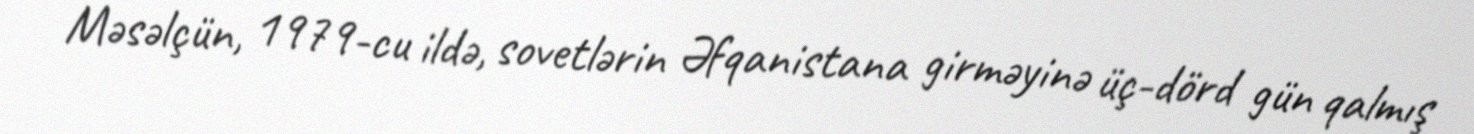
Məsəlçün, 1979-cu ildə, sovetlərin Əfqanistana girməyinə üç-dörd gün qalmış